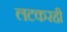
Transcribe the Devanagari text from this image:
लटकरही